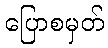
ပြောစမှတ်